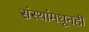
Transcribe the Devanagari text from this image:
संस्थांमधूनही